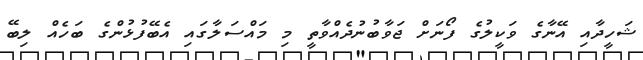
ޝަހީދާއި އޭނާގެ ވަކީލުގެ ފޯނަށް ޖަވާބުނުދެއްވާތީ މި މައްސަލާގައި އެބޭފުޅުންގެ ބަހެއް ލިބޭ